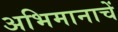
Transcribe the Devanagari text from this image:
अभिमानाचें